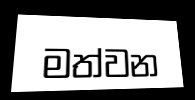
මත්වන